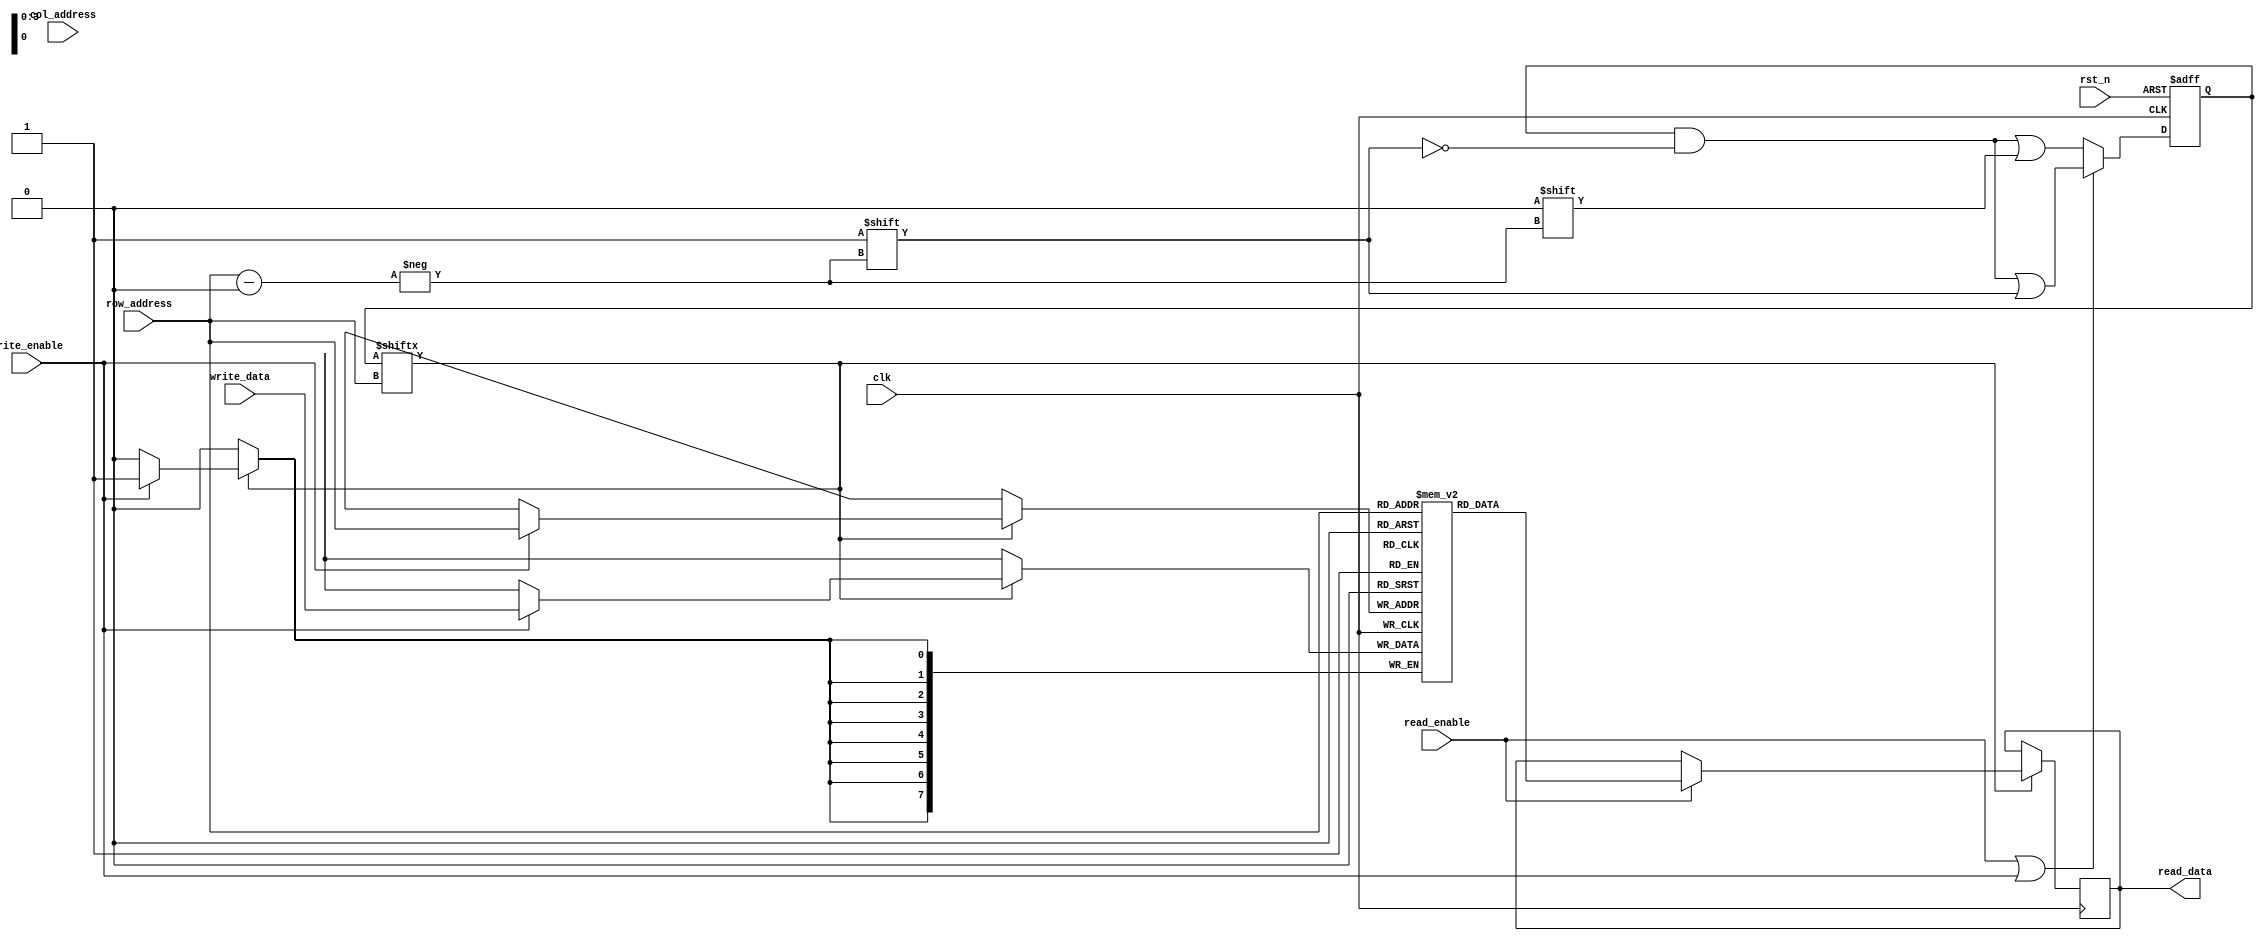
module memory_block (
    input wire clk,
    input wire rst_n,
    input wire [ADDR_WIDTH-1:0] row_address,
    input wire [ADDR_WIDTH-1:0] col_address,
    input wire read_enable,
    input wire write_enable,
    input wire [DATA_WIDTH-1:0] write_data,
    output reg [DATA_WIDTH-1:0] read_data
);
    parameter ADDR_WIDTH = 4;  // Number of address bits for rows
    parameter DATA_WIDTH = 8;   // Width of data
    parameter ROWS = 1 << ADDR_WIDTH; // Total number of rows (2^ADDR_WIDTH)
    
    reg [DATA_WIDTH-1:0] memory [0:ROWS-1]; // Memory array
    reg [ROWS-1:0] clk_enable; // Clock enable for each row

    // Activity detection logic
    always @(posedge clk or negedge rst_n) begin
        if (!rst_n) begin
            clk_enable <= 0; // Reset clock enables
        end else begin
            // Simple activity detection
            if (read_enable || write_enable) begin
                clk_enable[row_address] <= 1'b1; // Enable clock for the active row
            end else begin
                // Disable clock after some idle time (for simplicity, just check once here)
                clk_enable[row_address] <= 1'b0; // Disable clock for the row
            end
        end
    end

    // Memory read and write operations with clock gating
    always @(posedge clk) begin
        if (clk_enable[row_address]) begin // Only perform operations if clock is enabled
            if (write_enable) begin
                memory[row_address] <= write_data; // Write data to memory
            end
            if (read_enable) begin
                read_data <= memory[row_address]; // Read data from memory
            end
        end
    end

    // Optional: Logic to put the entire memory block into low-power state
    // This is a placeholder for more advanced power management logic
    // You can implement this based on your power management strategy

endmodule